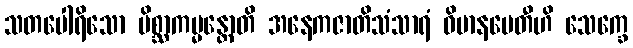
သတပေါရိသော မိစ္ဆာကမ္မန္တောတိ အနေကဇာတိသံသာရံ ဝိမာနပေတီဟိ သေက္ခေ